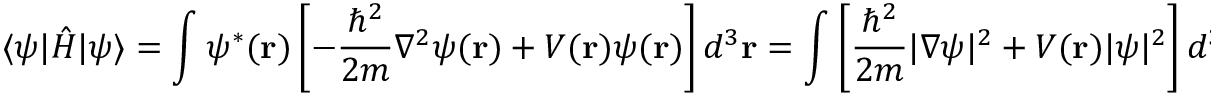
\langle \psi | { \hat { H } } | \psi \rangle = \int \psi ^ { * } ( \mathbf { r } ) \left[ - { \frac { \hbar ^ { 2 } } { 2 m } } \nabla ^ { 2 } \psi ( \mathbf { r } ) + V ( \mathbf { r } ) \psi ( \mathbf { r } ) \right] d ^ { 3 } \mathbf { r } = \int \left[ { \frac { \hbar ^ { 2 } } { 2 m } } | \nabla \psi | ^ { 2 } + V ( \mathbf { r } ) | \psi | ^ { 2 } \right] d ^ { 3 } \mathbf { r } = \langle { \hat { H } } \rangle